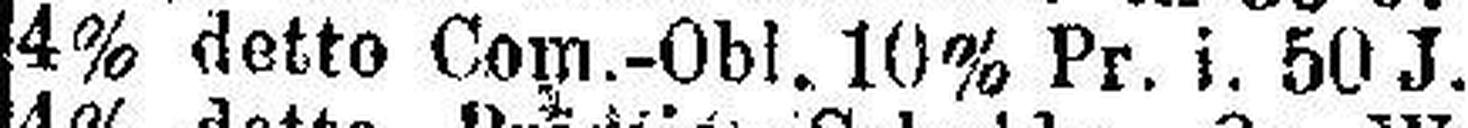
4% detto Com.-Obl. 10% Pr. i. 50 J. v.